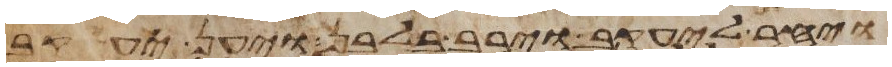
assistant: ויחר ליעקב וירב בלבן ויען יעקב